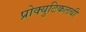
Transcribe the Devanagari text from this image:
प्रोक्युटिकलची